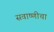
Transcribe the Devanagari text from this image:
सवाष्णीचा